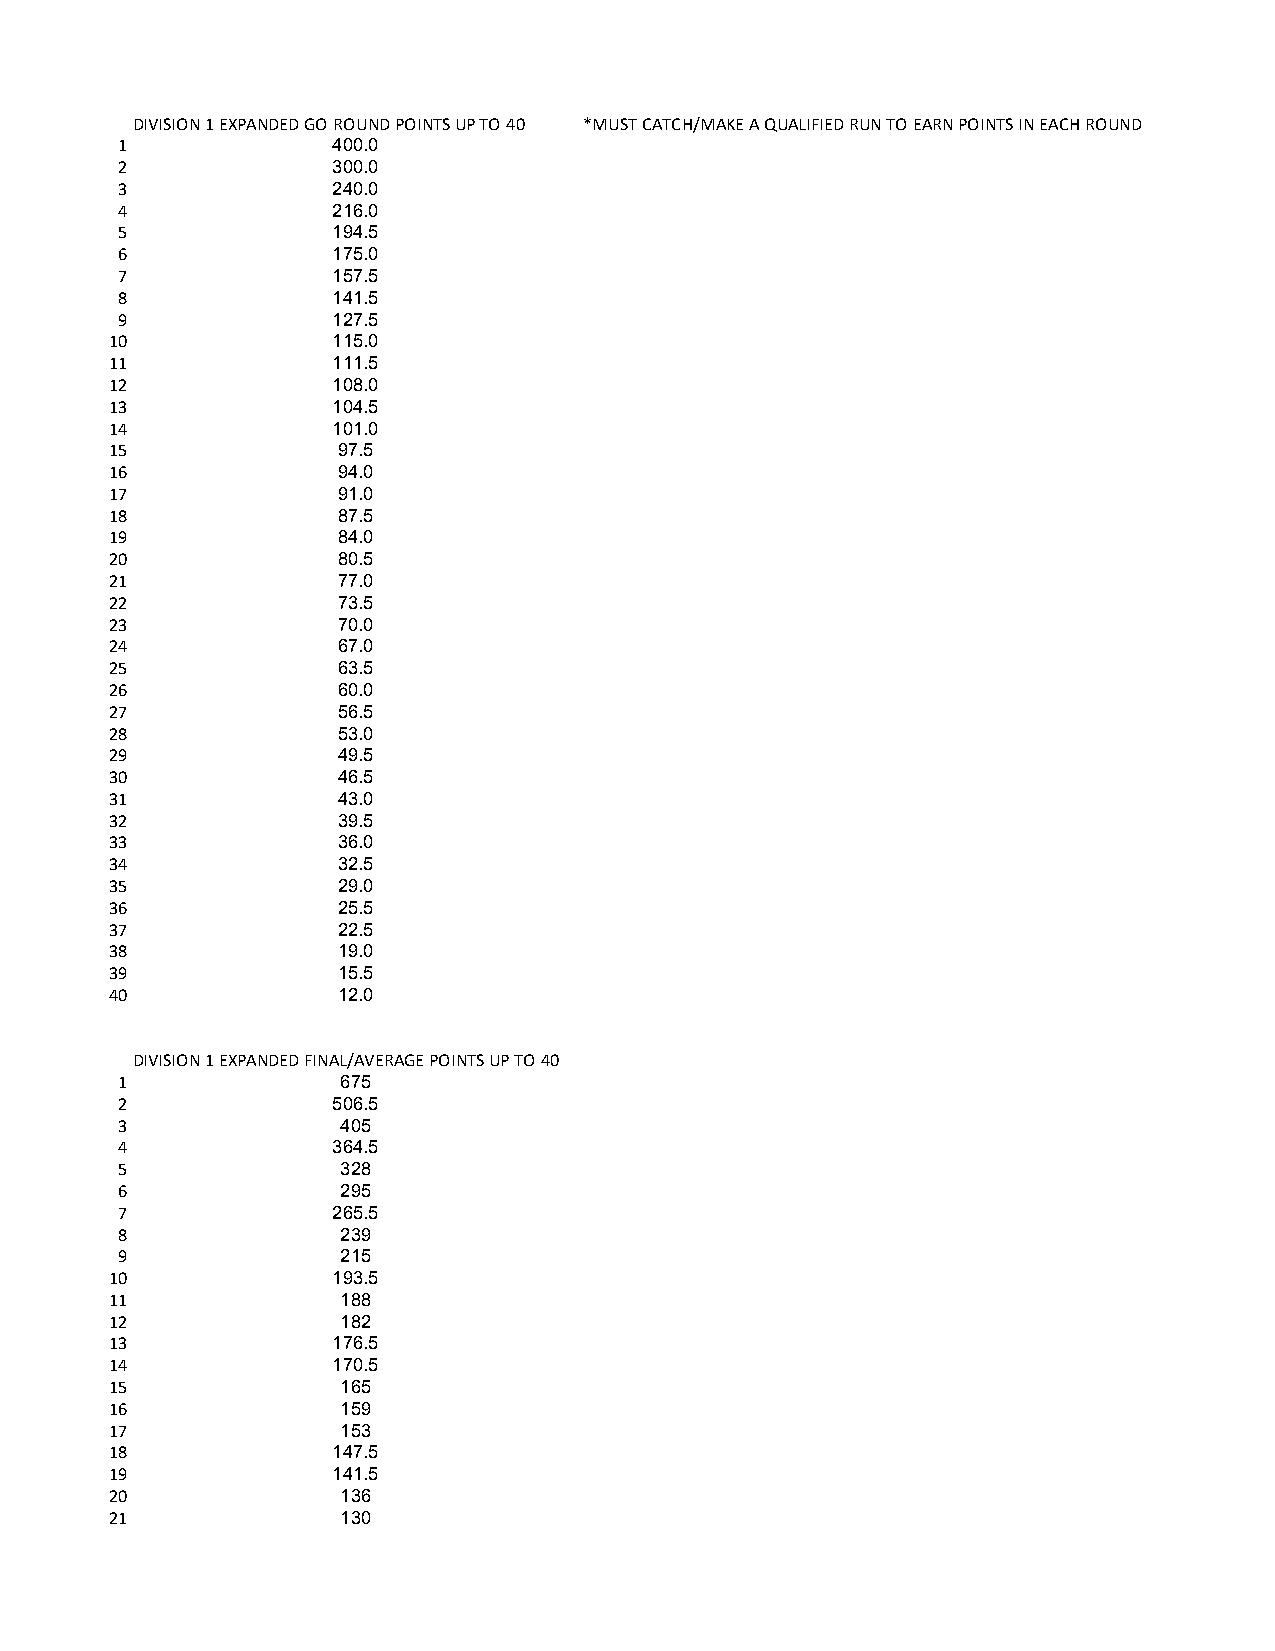
DIVISION 1 EXPANDED GO ROUND POINTS UP TO 40 *MUST CATCH/MAKE A QUALIFIED RUN TO EARN POINTS IN EACH ROUND
 1             400.0
 2             300.0
 3             240.0
 4             216.0
 5             194.5
 6             175.0
 7             157.5
 8             141.5
 9             127.5
 10             115.0
 11             111.5
 12             108.0
 13             104.5
 14             101.0
 15             97.5
 16             94.0
 17             91.0
 18             87.5
 19             84.0
 20             80.5
 21             77.0
 22             73.5
 23             70.0
 24             67.0
 25             63.5
 26             60.0
 27             56.5
 28             53.0
 29             49.5
 30             46.5
 31             43.0
 32             39.5
 33             36.0
 34             32.5
 35             29.0
 36             25.5
 37             22.5
 38             19.0
 39             15.5
 40             12.0
 DIVISION 1 EXPANDED FINAL/AVERAGE POINTS UP TO 40
 1              675
 2             506.5
 3              405
 4             364.5
 5              328
 6              295
 7             265.5
 8              239
 9              215
 10             193.5
 11              188
 12              182
 13             176.5
 14             170.5
 15              165
 16              159
 17              153
 18             147.5
 19             141.5
 20              136
 21              130